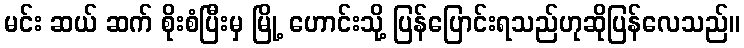
မင်း ဆယ် ဆက် စိုးစံပြီးမှ မြို့ ဟောင်းသို့ ပြန်ပြောင်းရသည်ဟုဆိုပြန်လေသည်။